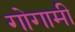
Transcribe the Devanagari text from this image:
गोगामी